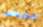
الفيس